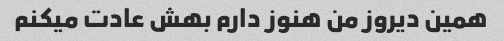
همین دیروز من هنوز دارم بهش عادت میکنم